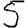
Digit: 5